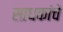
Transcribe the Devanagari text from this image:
साधकांचे